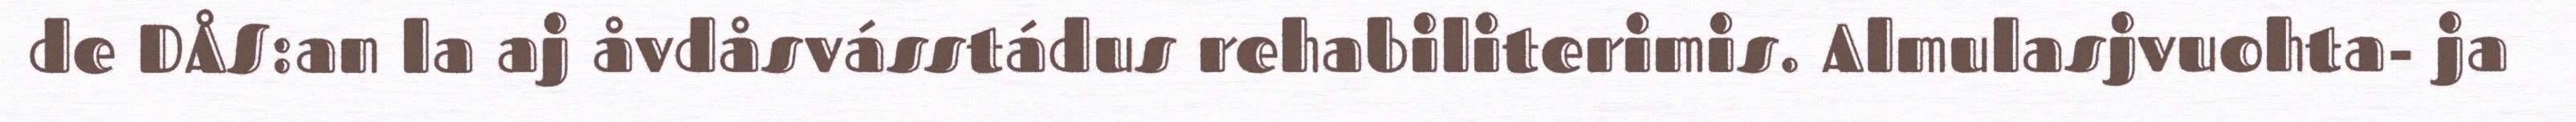
de DÅS:an la aj åvdåsvásstádus rehabiliterimis. Almulasjvuohta- ja